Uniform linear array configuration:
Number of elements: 48
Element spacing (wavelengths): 0.5
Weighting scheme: hann
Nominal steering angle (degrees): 60
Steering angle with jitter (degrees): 58.974
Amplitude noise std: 0.05
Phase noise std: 0.05

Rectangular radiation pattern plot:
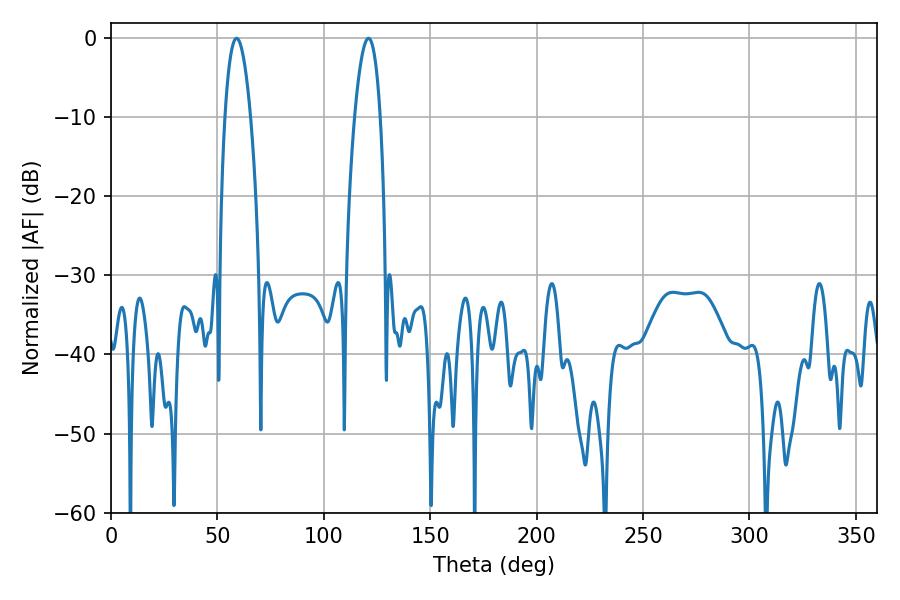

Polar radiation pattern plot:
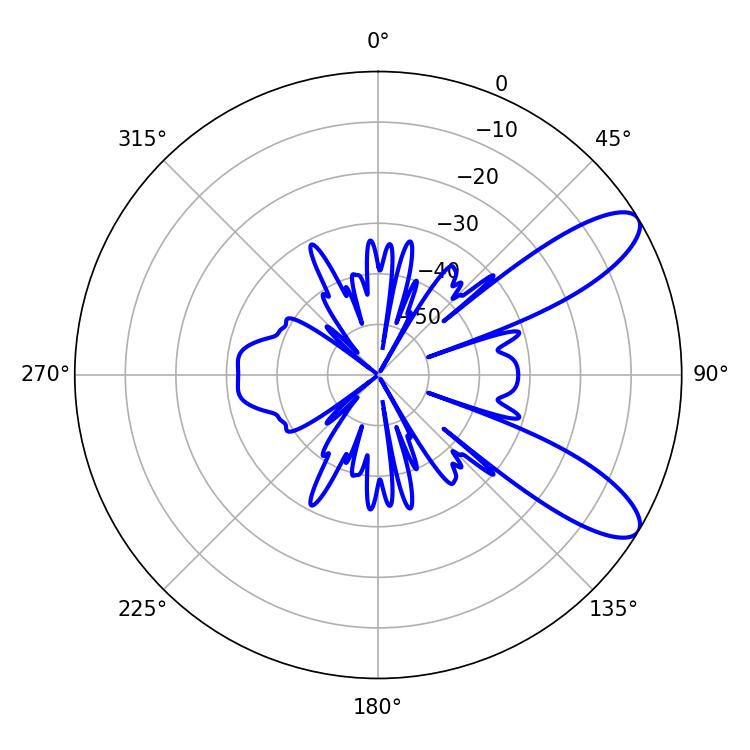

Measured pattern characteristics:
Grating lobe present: FALSE
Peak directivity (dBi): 9.692
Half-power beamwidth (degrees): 6.66
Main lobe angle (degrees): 59.04